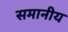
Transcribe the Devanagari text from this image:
समानीय